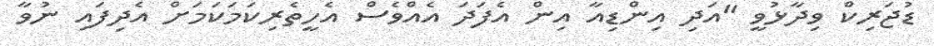
ޑުޖަރިކް ވިދާޅުވީ "އަދި އިންޑިއާ އިން އެފަދަ އެއްވެސް އެހީތެރިކަމަކަމަށް އެދިފައި ނުވާ